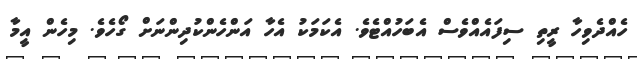
ހެއްދެވިހާ ރީތި ސިފައެއްވެސް އެބަހުއްޓެވެ. އެކަމަކު އެހާ އަންހެންކުދިންނަށް ގޯހެވެ. މިހެން އީމާ